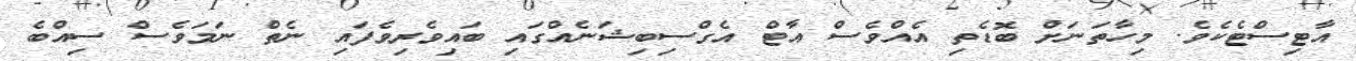
އާޓިސްޓެކެވެ. މިހާތަނަށް ބޮޑެތި އެއްވެސް އާޓް އެގްސިބިޝަނެއްގައި ބައިވެރިވެފައި ނެތް ނަމަވެސް ސިއްބެ